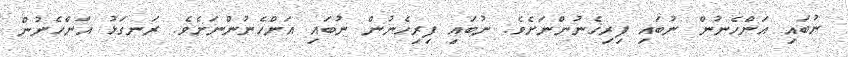
ނުބައި އަންހެނުން ނުބައި ފިރިހެނުންނަށެވެ. ނުބައި ފިރިހެނުން ނުބައި އަންހެނުންނަށެވެ. ރަނގަޅު އަންހެނުން